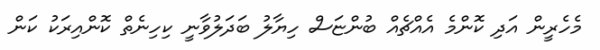
މެހެރީން އަދި ކޮންމެ އެއްޗެއް ބުންޏަސް ހިޔާލު ބަދަލުވާނީ ކިހިނެތް ކޮންއިރަކު ކަން